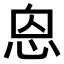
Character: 𢙥